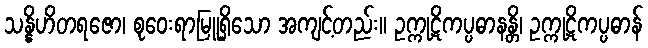
သန္နိဟိတရဇော၊ စုဝေးရာမြူရှိသော အကျင့်တည်း။ ဥက္ကုဋိကပ္ပဓာနန္တိ၊ ဥက္ကုဋိကပ္ပဓာန်